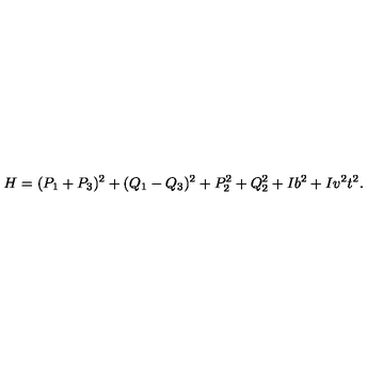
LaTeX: H = ( P _ { 1 } + P _ { 3 } ) ^ { 2 } + ( Q _ { 1 } - Q _ { 3 } ) ^ { 2 } + P _ { 2 } ^ { 2 } + Q _ { 2 } ^ { 2 } + I b ^ { 2 } + I v ^ { 2 } t ^ { 2 } .